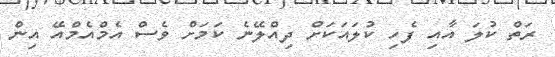
ރަތް ކުލަ އާއި ފެހި ކުލައަކަށް ދިއްލޭނެ ކަމަށް ވެސް އެމްއެމްއޭ އިން